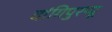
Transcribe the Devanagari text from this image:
वांगिपुरप्पू